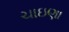
ચાઇણા